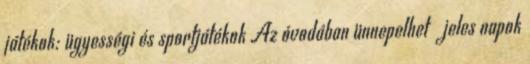
játékok: ügyességi és sportjátékok Az óvodában ünnepelhetı jeles napok